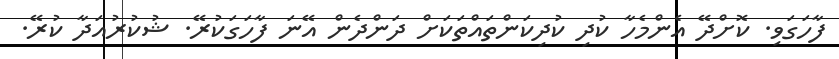
ފާހަގަވި. ކޮށްދޭ އެންމެހާ ކުދި ކުދިކަންތައްތަކަށް ދަންދެން އޭނަ ފާހަގަކުރޭ. ޝުކުރުއަދާ ކުރޭ.